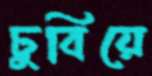
ঢুবিয়ে